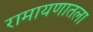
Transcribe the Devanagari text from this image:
रामायणातला